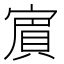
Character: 賔